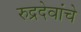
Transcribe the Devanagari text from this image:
रुद्रदेवांचे